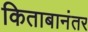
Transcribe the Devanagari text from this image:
किताबानंतर